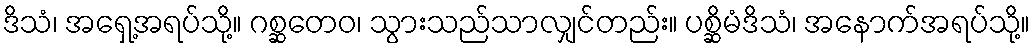
ဒိသံ၊ အရှေ့အရပ်သို့။ ဂစ္ဆတေဝ၊ သွားသည်သာလျှင်တည်း။ ပစ္ဆိမံဒိသံ၊ အနောက်အရပ်သို့။